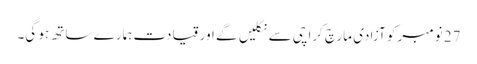
27 نومبر کو آزادی مارچ کراچی سے نکلیں گے اور قیادت ہمارے ساتھ ہو گی۔